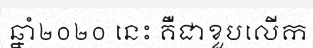
ឆ្នាំ២០២០ នេះ គឺជាខួបលើក